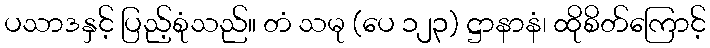
ပသာဒနှင့် ပြည့်စုံသည်။ တံ သမု (ပေ ၁၂၃) ဋ္ဌာနာနံ၊ ထိုစိတ်ကြောင့်